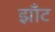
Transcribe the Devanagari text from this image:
झाँट